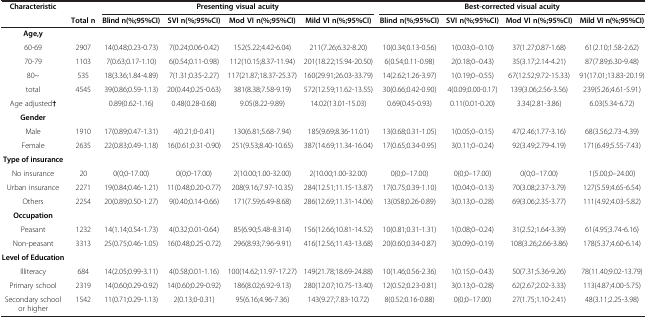
<table><thead><tr><td><b>Characteristic</b></td><td><b> </b></td><td colspan="4"><b>Presenting visual acuity</b></td><td colspan="4"><b>Best-corrected visual acuity</b></td></tr><tr><td><b> </b></td><td><b>Total n</b></td><td><b>Blind n(%;95%CI)</b></td><td><b>SVI n(%;95%CI)</b></td><td><b>Mod VI n(%;95%CI)</b></td><td><b>Mild VI n(%;95%CI)</b></td><td><b>Blind n(%;95%CI)</b></td><td><b>SVI n(%;95%CI)</b></td><td><b>Mod VI n(%;95%CI)</b></td><td><b>Mild VI n(%;95%CI)</b></td></tr></thead><tbody><tr><td><b>Age,y</b></td><td> </td><td> </td><td> </td><td> </td><td> </td><td> </td><td> </td><td> </td><td> </td></tr><tr><td>60-69</td><td>2907</td><td>14(0.48;0.23-0.73)</td><td>7(0.24;0.06-0.42)</td><td>152(5.22;4.42-6.04)</td><td>211(7.26;6.32-8.20)</td><td>10(0.34;0.13-0.56)</td><td>1(0.03;0–0.10)</td><td>37(1.27;0.87-1.68)</td><td>61(2.10;1.58-2.62)</td></tr><tr><td>70-79</td><td>1103</td><td>7(0.63;0.17-1.10)</td><td>6(0.54;0.11-0.98)</td><td>112(10.15;8.37-11.94)</td><td>201(18.22;15.94-20.50)</td><td>6(0.54;0.11-0.98)</td><td>2(0.18;0–0.43)</td><td>35(3.17;2.14-4.21)</td><td>87(7.89;6.30-9.48)</td></tr><tr><td>80~</td><td>535</td><td>18(3.36;1.84-4.89)</td><td>7(1.31;0.35-2.27)</td><td>117(21.87;18.37-25.37)</td><td>160(29.91;26.03-33.79)</td><td>14(2.62;1.26-3.97)</td><td>1(0.19;0–0.55)</td><td>67(12.52;9.72-15.33)</td><td>91(17.01;13.83-20.19)</td></tr><tr><td>total</td><td>4545</td><td>39(0.86;0.59-1.13)</td><td>20(0.44;0.25-0.63)</td><td>381(8.38;7.58-9.19)</td><td>572(12.59;11.62-13.55)</td><td>30(0.66;0.42-0.90)</td><td>4(0.09;0.00-0.17)</td><td>139(3.06;2.56-3.56)</td><td>239(5.26;4.61-5.91)</td></tr><tr><td>Age adjusted<b>†</b></td><td> </td><td>0.89(0.62-1.16)</td><td>0.48(0.28-0.68)</td><td>9.05(8.22-9.89)</td><td>14.02(13.01-15.03)</td><td>0.69(0.45-0.93)</td><td>0.11(0.01-0.20)</td><td>3.34(2.81-3.86)</td><td>6.03(5.34-6.72)</td></tr><tr><td><b>Gender</b></td><td> </td><td> </td><td> </td><td> </td><td> </td><td> </td><td> </td><td> </td><td> </td></tr><tr><td>Male</td><td>1910</td><td>17(0.89;0.47-1.31)</td><td>4(0.21;0-0.41)</td><td>130(6.81;5.68-7.94)</td><td>185(9.69;8.36-11.01)</td><td>13(0.68;0.31-1.05)</td><td>1(0.05;0–0.15)</td><td>47(2.46;1.77-3.16)</td><td>68(3.56;2.73-4.39)</td></tr><tr><td>Female</td><td>2635</td><td>22(0.83;0.49-1.18)</td><td>16(0.61;0.31-0.90)</td><td>251(9.53;8.40-10.65)</td><td>387(14.69;11.34-16.04)</td><td>17(0.65;0.34-0.95)</td><td>3(0.11;0–0.24)</td><td>92(3.49;2.79-4.19)</td><td>171(6.49;5.55-7.43)</td></tr><tr><td><b>Type of insurance</b></td><td> </td><td> </td><td> </td><td> </td><td> </td><td> </td><td> </td><td> </td><td> </td></tr><tr><td>No insurance</td><td>20</td><td>0(0;0-17.00)</td><td>0(0;0-17.00)</td><td>2(10.00;1.00-32.00)</td><td>2(10.00;1.00-32.00)</td><td>0(0;0–17.00)</td><td>0(0;0–17.00)</td><td>0(0;0–17.00)</td><td>1(5.00;0–24.00)</td></tr><tr><td>Urban insurance</td><td>2271</td><td>19(0.84;0.46-1.21)</td><td>11(0.48;0.20-0.77)</td><td>208(9.16;7.97-10.35)</td><td>284(12.51;11.15-13.87)</td><td>17(0.75;0.39-1.10)</td><td>1(0.04;0–0.13)</td><td>70(3.08;2.37-3.79)</td><td>127(5.59;4.65-6.54)</td></tr><tr><td>Others</td><td>2254</td><td>20(0.89;0.50-1.27)</td><td>9(0.40;0.14-0.66)</td><td>171(7.59;6.49-8.68)</td><td>286(12.69;11.31-14.06)</td><td>13(058;0.26-0.89)</td><td>3(0.13;0–0.28)</td><td>69(3.06;2.35-3.77)</td><td>111(4.92;4.03-5.82)</td></tr><tr><td><b>Occupation</b></td><td> </td><td> </td><td> </td><td> </td><td> </td><td> </td><td> </td><td> </td><td> </td></tr><tr><td>Peasant</td><td>1232</td><td>14(1.14;0.54-1.73)</td><td>4(0.32;0.01-0.64)</td><td>85(6.90;5.48-8.314)</td><td>156(12.66;10.81-14.52)</td><td>10(0.81;0.31-1.31)</td><td>1(0.08;0–0.24)</td><td>31(2.52;1.64-3.39)</td><td>61(4.95;3.74-6.16)</td></tr><tr><td>Non-peasant</td><td>3313</td><td>25(0.75;0.46-1.05)</td><td>16(0.48;0.25-0.72)</td><td>296(8.93;7.96-9.91)</td><td>416(12.56;11.43-13.68)</td><td>20(0.60;0.34-0.87)</td><td>3(0.09;0–0.19)</td><td>108(3.26;2.66-3.86)</td><td>178(5.37;4.60-6.14)</td></tr><tr><td><b>Level of Education</b></td><td> </td><td> </td><td> </td><td> </td><td> </td><td> </td><td> </td><td> </td><td> </td></tr><tr><td>Illiteracy</td><td>684</td><td>14(2.05;0.99-3.11)</td><td>4(0.58;0.01-1.16)</td><td>100(14.62;11.97-17.27)</td><td>149(21.78;18.69-24.88)</td><td>10(1.46;0.56-2.36)</td><td>1(0.15;0–0.43)</td><td>50(7.31;5.36-9.26)</td><td>78(11.40;9.02-13.79)</td></tr><tr><td>Primary school</td><td>2319</td><td>14(0.60;0.29-0.92)</td><td>14(0.60;0.29-0.92)</td><td>186(8.02;6.92-9.13)</td><td>280(12.07;10.75-13.40)</td><td>12(0.52;0.23-0.81)</td><td>3(0.13;0–0.28)</td><td>62(2.67;2.02-3.33)</td><td>113(4.87;4.00-5.75)</td></tr><tr><td>Secondary school or higher</td><td>1542</td><td>11(0.71;0.29-1.13)</td><td>2(0.13;0-0.31)</td><td>95(6.16;4.96-7.36)</td><td>143(9.27;7.83-10.72)</td><td>8(0.52;0.16-0.88)</td><td>0(0;0–17.00)</td><td>27(1.75;1.10-2.41)</td><td>48(3.11;2.25-3.98)</td></tr></tbody></table>